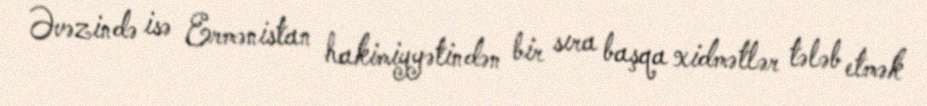
Əvəzində isə Ermənistan hakimiyyətindən bir sıra başqa xidmətlər tələb etmək